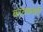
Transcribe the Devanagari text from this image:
काटकसरी